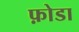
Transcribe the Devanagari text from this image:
फ़ोडा